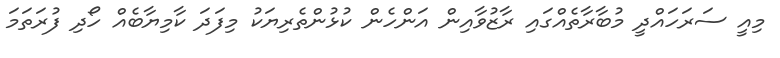
މިއީ ސަރަހައްދީ މުބާރާތެއްގައި ރާޒުވާއިން އަންހެން ކުޅުންތެރިޔަކު މިފަދަ ކާމިޔާބެއް ހޯދި ފުރަތަމަ